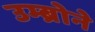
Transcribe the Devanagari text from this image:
उम्ब्रोने